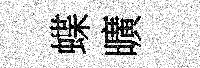
蝶曠